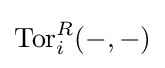
\operatorname {Tor} _{i}^{R}(-,-)